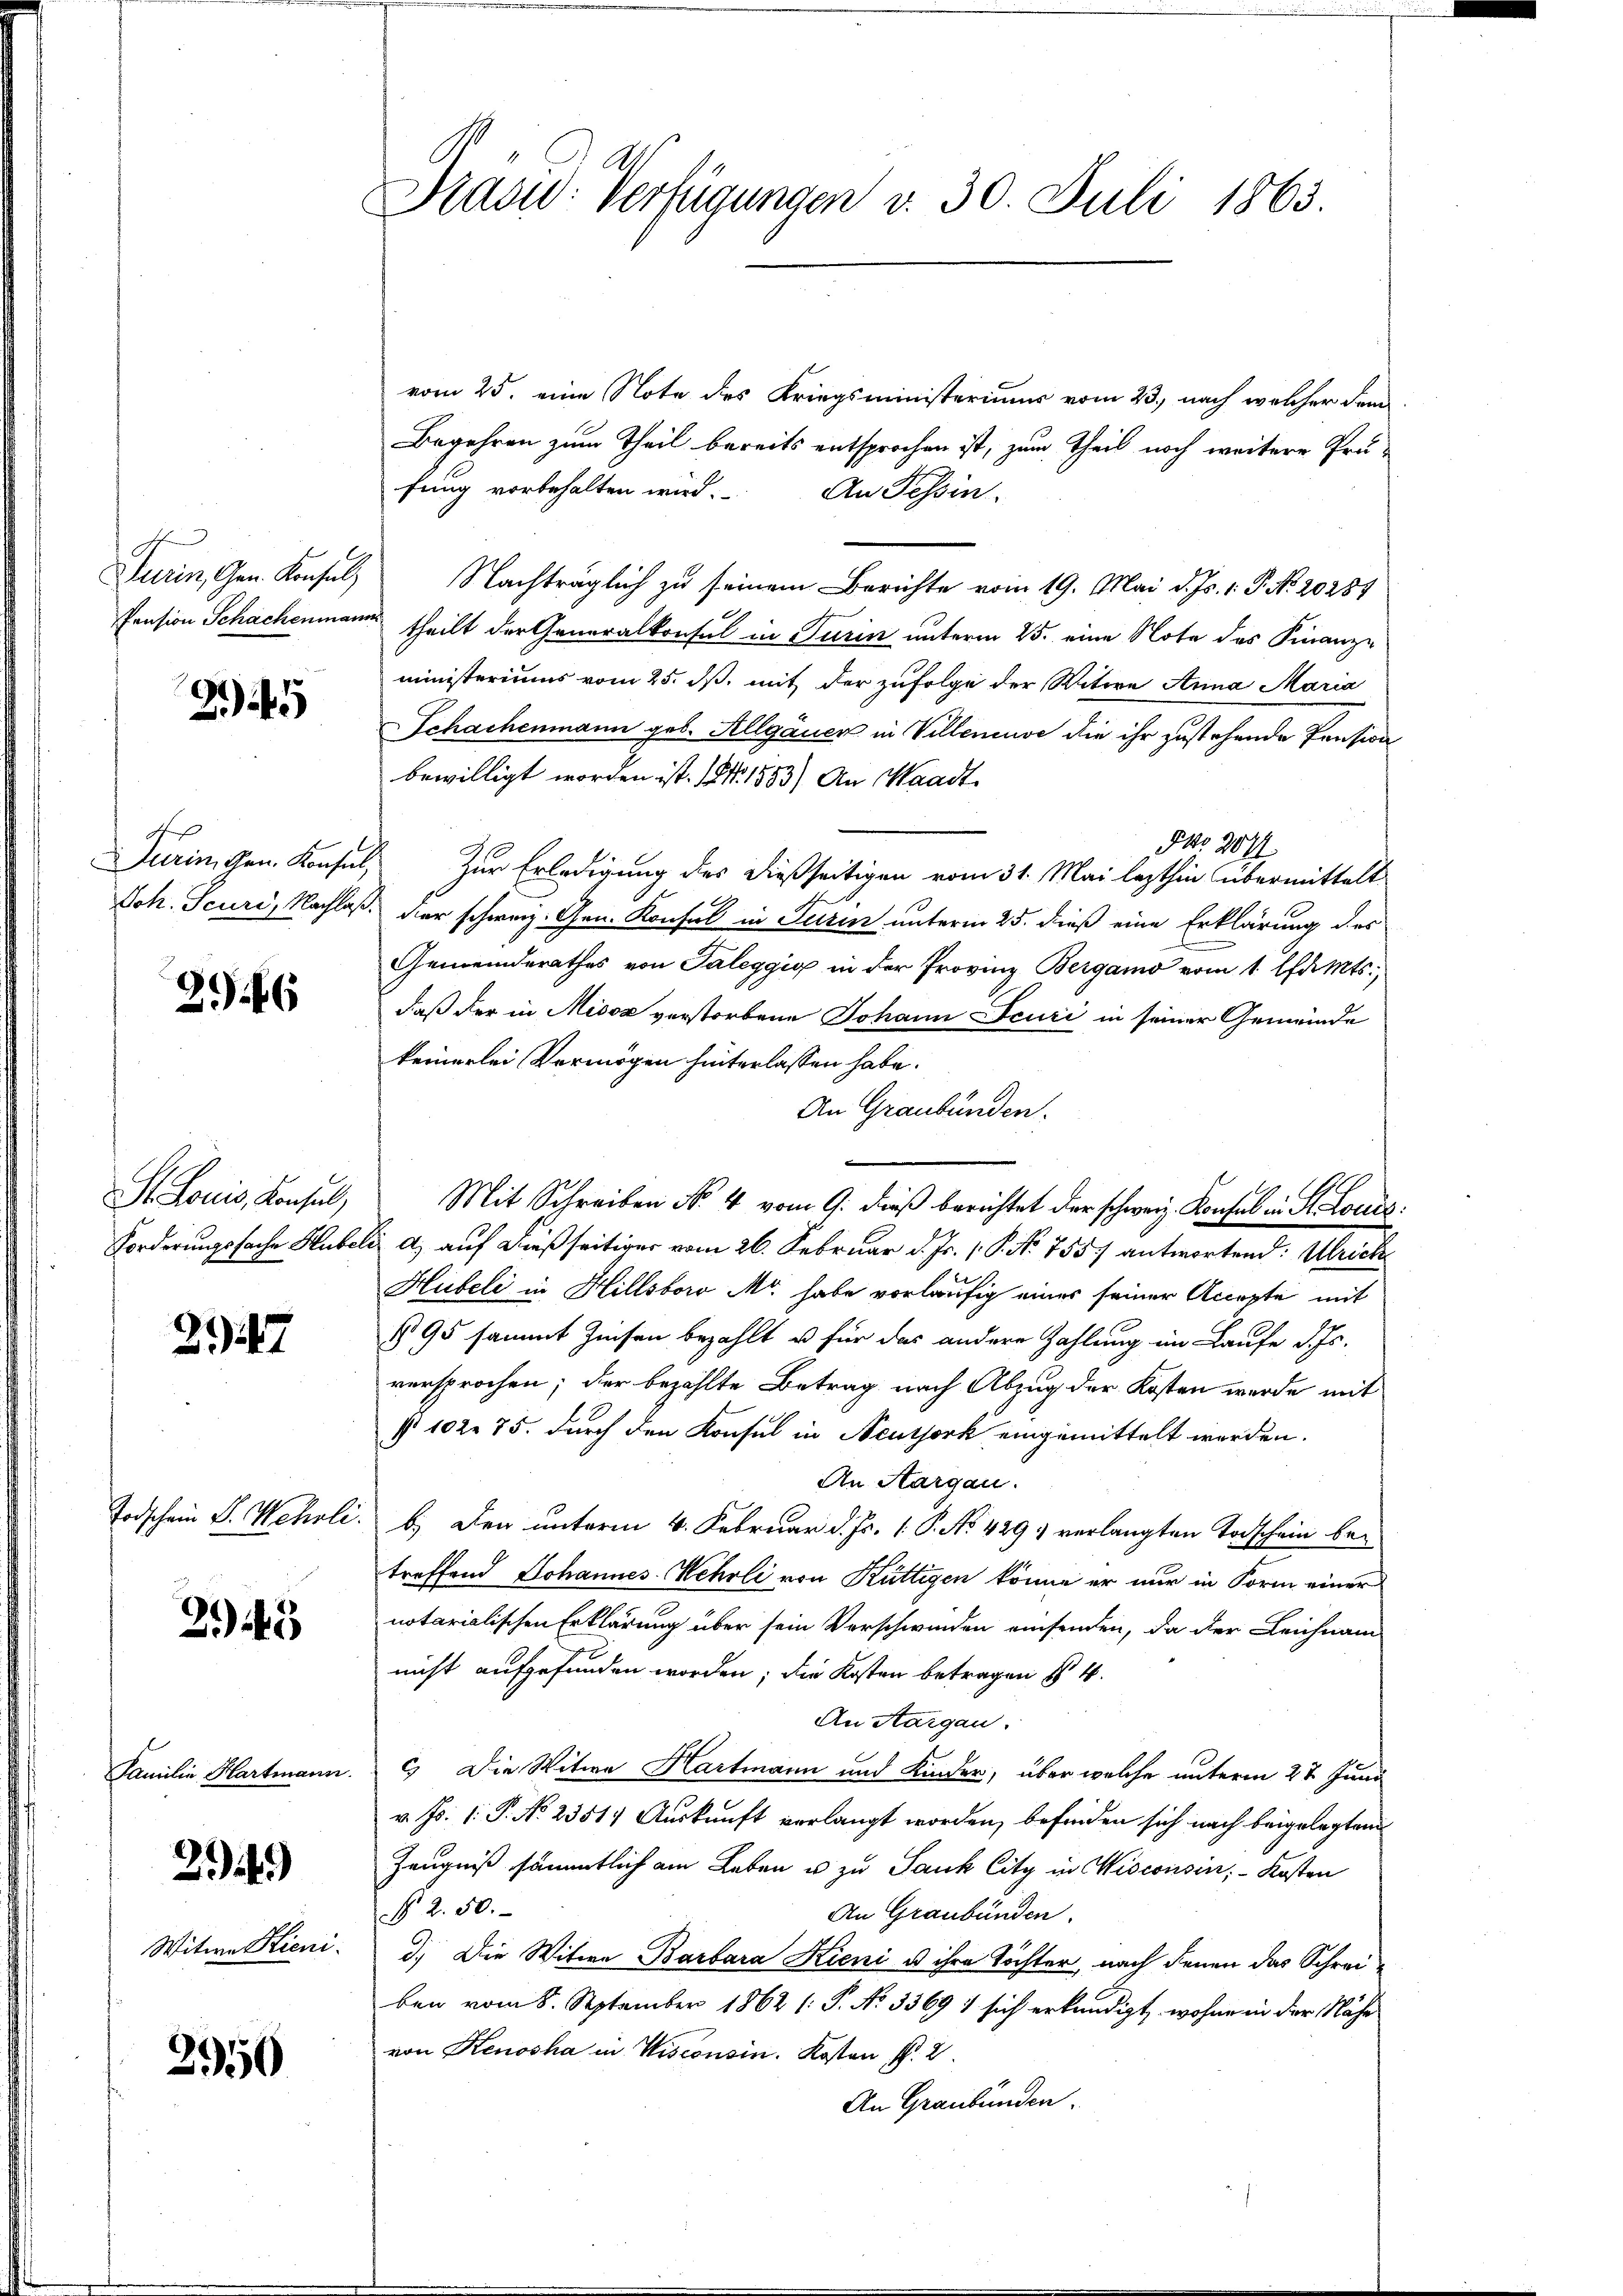
Turin, Gen. Konsult

)

2946

St. Louis, Konsul,

247

3.443

Familie Hartmann.

294)

Witwe Hieni

3950

Prasw. Verfügungen v. 30. Juli 1863.

vom 25. eine Note des Kriegsministerium vom 23., nach welcher dann
Begehren zum Theil bereits entsprochen ist, zum Theil noch weitere Prüfung vorbehalten wird. An Tessin,
Nachträglich zu seinem Berichte vom 19. Mai d. Js. 1. P. No. 20284
Pension Schachenmann theilt der Generalkonsul in Turin unterm 25. eine Note des Finanz-
ministeriums vom 25. dß, mit der zufolge der Witwe Anna Maria
Schachenmann geb. Allgauer in Villeneuve die ihr zustehende Pension
bewilligt worden ist. 18. 1553) An Waadt
NNo. 204
Turingen. Konsul, Zur Erledigung des dießseitigen vom 31. Mai lezthin übermittelt
Joh. Scuri, Nachlaß der schweiz. Gen. Konsul in Turin unterm 25. dieß eine Erklärung des
Gemeinderathes von Taleggig in der Provinz Bergamo vom 1. Pfants.
daß der in Misox verstorbene Johann Feuri in seiner Gemeinde
keinerlei Vermögen hinterlassen habe.
An Graubünden.
Mit Schreiben No. 4 vom 9. dieß berichtet der schweiz. Konsul in St. Louis
Forderungsfache Hubeli a) auf dießseitiger vom 26. Februar d. Js. 1. P. No 755/ antwortend: Ulrich
Hubeli in Hillsboro Mo. habe vorläufig eines seiner Accepte mit
§95 sammt Zinsen bezahlt u für das andere Zahlung im Laufe d. Js.
versprochen; der bezahlte Betrag nach Abzug der Kosten werde mit
§ 102. 75. durch den Konsul in Neutjork eingemittelt werden.
An Aargau.
Todschein S. Wehrli. b.) Den unterm 4. Februar d. Js. 1. P. No. 429; verlangten Todschein betreffend Johannes Wehrli von Küttigen könne er nur in Form einer
notarialischen Erklärung über sein Verschwinden einsenden, da der Leichnam
nicht aufgefunden worden; die Kosten betragen § 4.
An Aargau.
c. Die Witwe Hartmann und Kinder, über welche unterm 22 Juni
v. Js. 1. P. No 2351. Auskunft verlangt worden, befinden sich nach beigelegten
Zeugniß sämmtlich am Leben u zu Jauk City in Wisconsin; - Kosten
§ 2. 50.
An Graubünden.
d.) Die Witwe Barbara Kieni u ihre Töchter, nach denen das Schrei
ben vom 8. September 1862 (: P. No 3369 : sich erkundigt, wohne in der Nähe
von Kenosha in Wisconsin. Kosten §. 2.
An Graubünden.